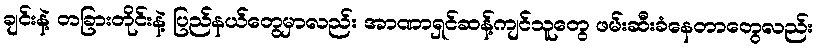
ချင်းနဲ့ တခြားတိုင်းနဲ့ ပြည်နယ်တွေမှာလည်း အာဏာရှင်ဆန့်ကျင်သူတွေ ဖမ်းဆီးခံနေတာတွေလည်း